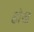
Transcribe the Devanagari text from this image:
ढोख